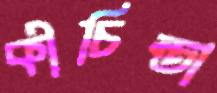
কীচিন্তা